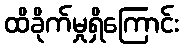
ထိခိုက်မှုရှိကြောင်း